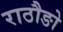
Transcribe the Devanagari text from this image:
राठौङो